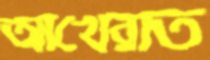
আখেরাত